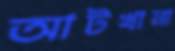
আটখানা